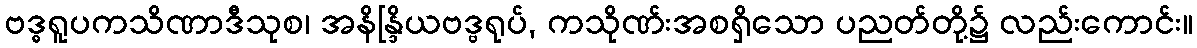
ဗဒ္ဓရူပကသိဏာဒီသုစ၊ အနိန္ဒြိယဗဒ္ဗရုပ်, ကသိုဏ်းအစရှိသော ပညတ်တို့၌ လည်းကောင်း။